Lunatic asylums United Provinces 1909-1921 - 1909-1921
Year: 1909
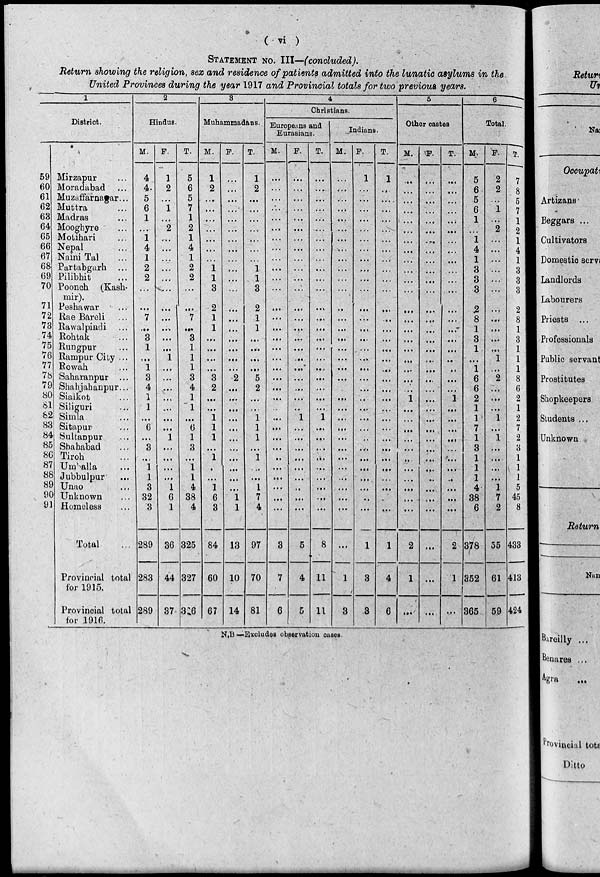
( vi )
STATEMENT NO. III—(concluded).
Return showing the religion, sex and residence of patients admitted into the lunatic asylums in the
United Provinces during the year 1917 and Provincial totals for two previous years.
1
District.
59
60
61
62
63
64
65
66
67
68
69
70
71
72
73
74
75
76
77
78
79
80
81
82
83
84
85
86
87
88
89
90
91
Mirzapur ...
Moradabad ...
Muzaffarnagar ...
Muttra ...
Madras ...
Mooghyre ...
Motihari ...
Nepal ...
NainiTal ...
Partabgarh ...
Pilibhit ...
Poonch (Kash-
mir).
Peshawar ...
Rae Bareli ...
Rawalpindi ...
Rohtak ...
Rungpur ...
Rampur City ...
Rewah ...
Saharanpur ...
Shahjahanpur ...
Sialkot ...
Siliguri ...
Simla ...
Sitapur ...
Sultanpur ...
Shahabad ...
Tiroh ...
Umballa ...
Jubbulpur ...
Unao ...
Unknown ...
Homeless
Total ...
Provincial total
for 1915.
Provincial total
for 1916.
2
Hindus.
M.
4
4
5
6
1
...
1
4
1
2
2
...
...
7
...
3
1
...
1
3
4
1
1
...
6
...
3
...
1
1
3
32
3
289
283
289
F.
1
2
...
1
...
2
...
...
...
...
...
...
...
...
...
...
...
1
...
...
...
...
...
...
...
1
...
...
...
...
1
6
1
36
44
37
T.
5
6
5
7
1
2
1
4
1
2
2
...
...
7
...
3
1
1
1
3
4
1
1
...
6
1
3
...
1
1
4
38
4
325
327
326
3
Muhammadans.
M.
1
2
...
...
...
...
...
...
...
1
1
3
2
1
1
...
...
...
...
3
2
...
...
1
1
1
...
1
...
...
1
6
3
84
60
67
F.
...
...
...
...
...
...
...
...
...
...
...
...
...
...
...
...
...
...
...
2
...
...
...
...
...
...
...
...
...
...
...
1
1
13
10
14
T.
1
2
...
...
...
...
...
...
...
1
1
3
2
1
1
...
...
...
...
5
2
...
...
1
1
1
...
1
...
...
1
7
4
97
70
81
4
Christians.
Europeans and
Eurasians.
M.
...
...
...
...
...
...
...
...
...
...
...
...
...
...
...
...
...
...
....
...
...
...
...
...
...
...
...
...
...
...
...
...
...
3
7
6
F.
...
...
...
...
...
...
...
...
...
...
...
...
...
...
...
...
...
...
...
...
...
...
...
1
...
...
...
...
...
...
...
...
...
5
4
5
T.
...
...
...
...
...
...
...
...
...
...
...
...
...
...
...
...
...
...
...
...
...
...
...
1
...
...
...
...
...
...
...
...
...
8
11
11
Indians.
M.
...
....
...
...
...
...
...
...
...
...
...
...
...
...
...
...
...
...
...
...
...
...
...
...
...
...
...
...
...
...
...
...
...
...
1
3
F.
1
...
...
...
...
...
...
...
...
...
...
...
...
...
...
...
...
...
...
...
...
...
...
...
...
...
...
...
...
...
...
...
...
1
3
3
T.
1
...
...
...
...
...
...
...
...
...
...
...
...
...
...
...
...
...
...
...
...
...
...
...
...
...
...
...
...
...
...
...
...
1
4
6
5
Other castes
M.
...
...
...
...
...
...
...
...
...
...
...
...
...
...
...
...
...
...
...
...
...
1
...
...
...
...
...
...
...
...
...
...
...
2
1
...
F.
...
...
...
...
...
...
...
...
...
...
...
...
...
...
...
...
...
...
...
...
...
...
...
...
...
...
...
...
...
...
...
...
...
...
...
...
T.
...
...
...
...
...
...
...
...
...
...
...
...
...
...
...
...
...
...
...
...
...
1
...
...
...
...
...
...
...
...
...
...
...
2
1
...
6
Total.
M.
5
6
5
6
1
...
1
4
1
3
3
3
2
8
1
3
1
...
1
6
6
2
1
1
7
1
3
1
1
1
4
38
6
378
352
365
F.
2
2
...
1
...
2
...
...
...
...
...
...
...
...
...
...
...
1
...
2
...
...
...
1
...
1
...
...
...
...
1
7
2
55
61
59
T.
7
8
5
7
1
2
1
4
1
3
3
3
2
8
1
3
1
1
1
8
6
2
1
2
7
2
3
1
1
1
5
45
8
433
413
424
N.B.-Excludes observation cases.